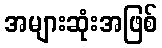
အများဆုံးအဖြစ်